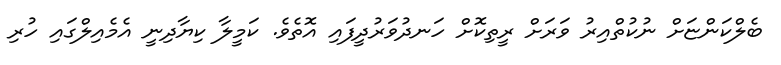
ބެލްކަންޏަށް ނުކުތްއިރު ވަރަށް ރީތިކޮށް ހަނދުވަރުދީފައި އޮތެވެ. ކަމީލާ ކިޔާދިނީ އެމެއިލްގައި ހުރި